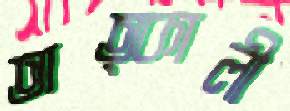
তাত্কালী